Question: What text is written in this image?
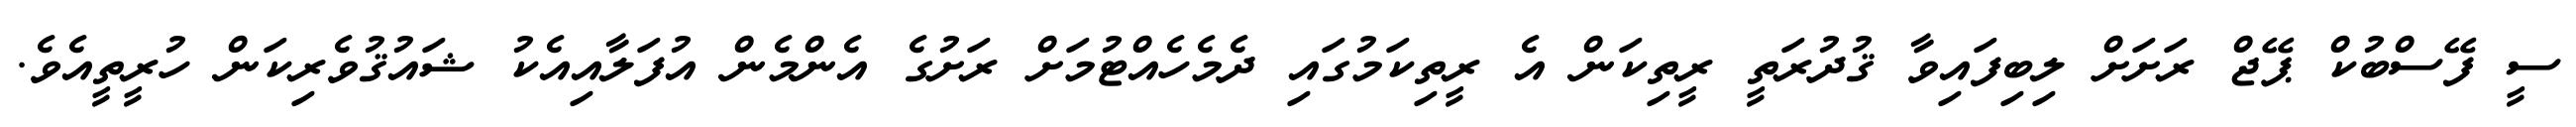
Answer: ސީ ފޭސްބުކް ޕޭޖް ރަށަށް ލިބިފައިވާ ޤުދުރަތީ ރީތިކަން އެ ރީތިކަމުގައި ދެމެހެއްޓުމަށް ރަށުގެ އެންމެން އުފަލާއިއެކު ޝައުޤުވެރިކަން ހުރީތީއެވެ.